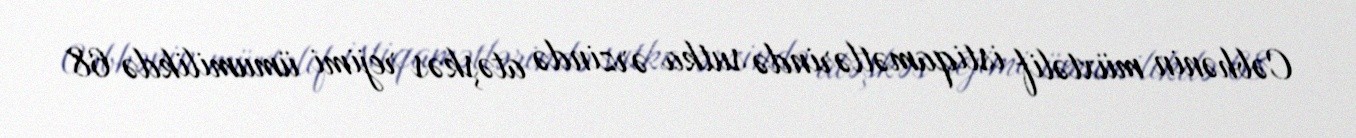
Cəbhənin müxtəlif istiqamətlərində sutka ərzində atəşkəs rejimi ümumilikdə 68